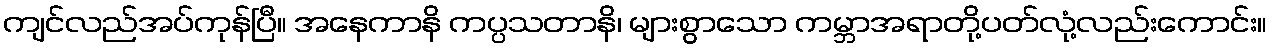
ကျင်လည်အပ်ကုန်ပြီ။ အနေကာနိ ကပ္ပသတာနိ၊ များစွာသော ကမ္ဘာအရာတို့ပတ်လုံ့လည်းကောင်း။